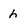
Character: h